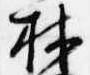
林